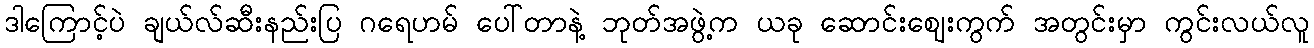
ဒါကြောင့်ပဲ ချယ်လ်ဆီးနည်းပြ ဂရေဟမ် ပေါ်တာနဲ့ ဘုတ်အဖွဲ့က ယခု ဆောင်းဈေးကွက် အတွင်းမှာ ကွင်းလယ်လူ